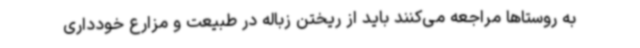
به روستاها مراجعه می‌کنند باید از ریختن زباله در طبیعت و مزارع خودداری